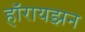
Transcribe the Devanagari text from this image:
हॉरायझन